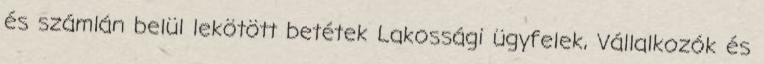
és számlán belül lekötött betétek Lakossági ügyfelek, Vállalkozók és